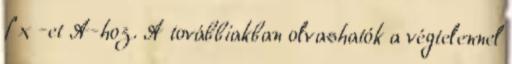
f x -et A-hoz. A továbbiakban olvashatók a végtelennel